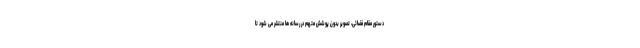
دستور مقام قضائی، تصویر بدون پوشش متهم در رسانه ها منتشر می شود تا